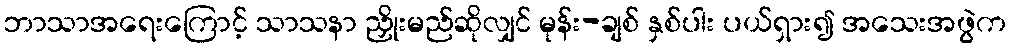
ဘာသာအရေးကြောင့် သာသနာ ညှိုးမည်ဆိုလျှင် မုန်း-ချစ် နှစ်ပါး ပယ်ရှား၍ အသေးအဖွဲက